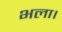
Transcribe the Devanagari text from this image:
भला।